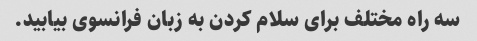
سه راه مختلف برای سلام کردن به زبان فرانسوی بیابید.